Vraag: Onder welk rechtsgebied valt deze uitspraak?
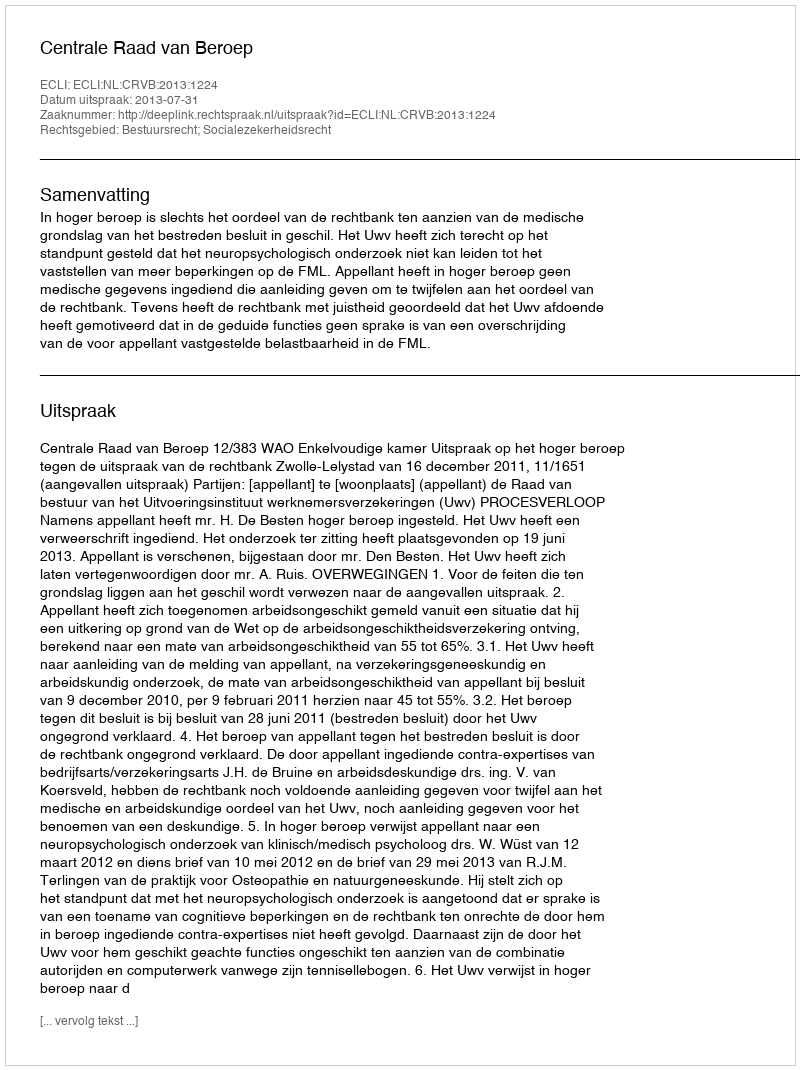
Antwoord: Bestuursrecht; Socialezekerheidsrecht